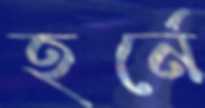
হর্নে